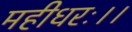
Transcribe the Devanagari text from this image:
महीधरः।।